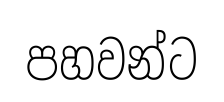
පහවන්ට